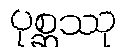
ပုစ္ဆဿု